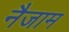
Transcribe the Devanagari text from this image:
नैजाम